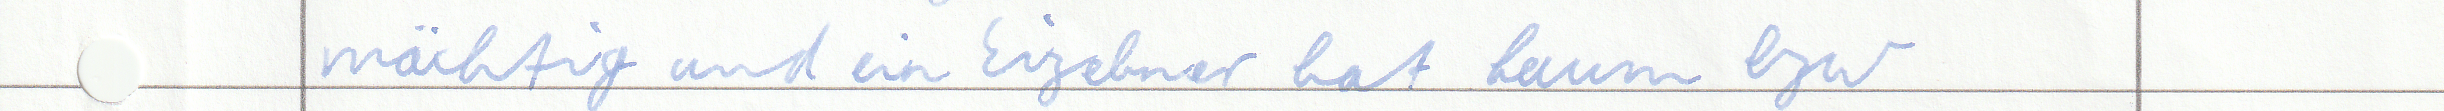
mächtig und ein Eizelner hat kaum bzw